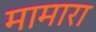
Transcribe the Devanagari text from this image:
मामारा